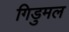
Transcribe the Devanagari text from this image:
गिडुमल